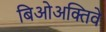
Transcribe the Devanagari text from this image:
बिओअक्तिवे